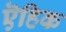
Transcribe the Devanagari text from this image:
ऎहिक